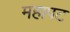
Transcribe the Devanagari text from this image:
महापट